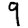
Digit: 9